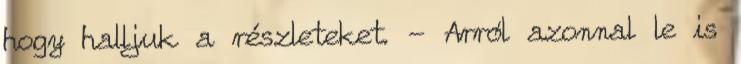
hogy halljuk a részleteket. - Arról azonnal le is